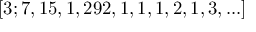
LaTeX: [ 3 ; 7 , 1 5 , 1 , 2 9 2 , 1 , 1 , 1 , 2 , 1 , 3 , . . . ]